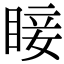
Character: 𥇒